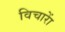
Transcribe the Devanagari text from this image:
विचाराें